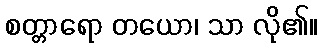
စတ္တာရော တယော၊ သာ လို၏။